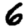
Digit: 6